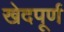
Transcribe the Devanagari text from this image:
खेदपूर्ण